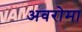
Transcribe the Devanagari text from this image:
अवरोमा